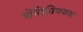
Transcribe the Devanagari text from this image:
शेतिविषयक